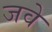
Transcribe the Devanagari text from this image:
जवे